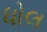
ધોલ